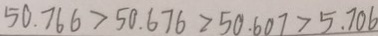
5 0 . 7 6 6 > 5 0 . 6 7 6 > 5 0 . 6 0 7 > 5 . 7 0 6